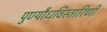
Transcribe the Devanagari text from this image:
पुण्यौधविस्तारिणी